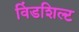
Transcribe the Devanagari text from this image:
विंडशिल्ट